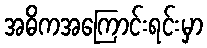
အဓိကအကြောင်းရင်းမှာ